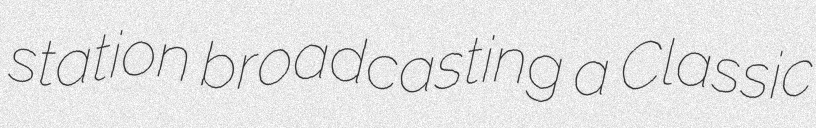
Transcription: station broadcasting a Classic